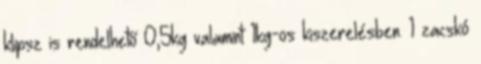
klipsz is rendelhető 0,5kg valamint 1kg-os kiszerelésben. 1 zacskó